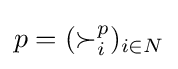
p=(\succ _{i}^{p})_{i\in N}